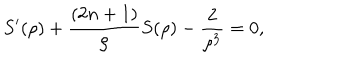
S ^ { \prime } ( \rho ) + \frac { ( 2 n + 1 ) } { \rho } S ( \rho ) - \frac { 2 } { \rho ^ { 3 } } = 0 ,